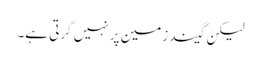
لیکن گیند زمین پر نہیں گرتی ہے۔